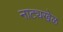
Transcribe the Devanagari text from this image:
नाट्यखेळ